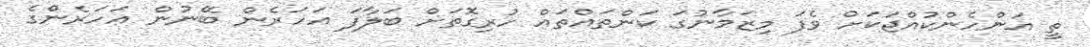
ތީ އަންހެންކުއްޖަކަށް ވެފަ މިޒަމާނުގަ ކަންތައްތައް ހުރިގޮތަށް ބަލާފަ އަހަރެން ބޭނުން އަހަރެންގެ